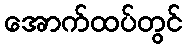
အောက်ထပ်တွင်